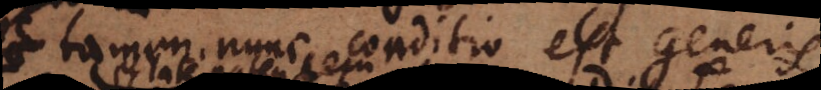
tamen nunc conditio est generis